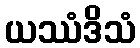
ယဿံဒိသံ